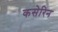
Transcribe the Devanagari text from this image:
कसेरिन